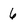
Character: 6